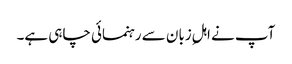
آپ نے اہلِ زبان سے رہنمائی چاہی ہے۔